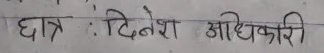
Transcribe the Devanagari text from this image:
छात्र : दिनेश अधिकारी